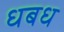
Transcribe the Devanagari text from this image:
धबध